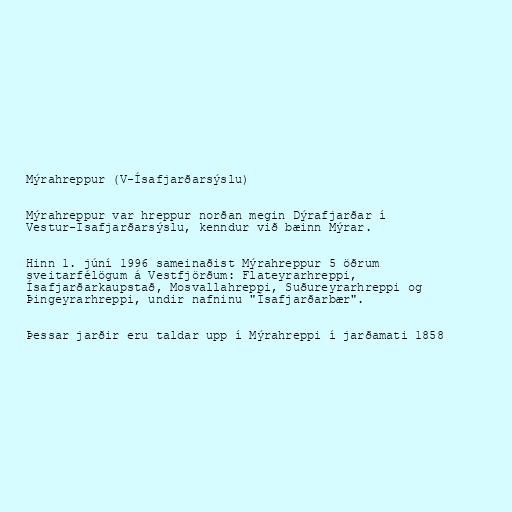
Mýrahreppur (V-Ísafjarðarsýslu)

Mýrahreppur var hreppur norðan megin Dýrafjarðar í
Vestur-Ísafjarðarsýslu, kenndur við bæinn Mýrar.

Hinn 1. júní 1996 sameinaðist Mýrahreppur 5 öðrum
sveitarfélögum á Vestfjörðum: Flateyrarhreppi,
Ísafjarðarkaupstað, Mosvallahreppi, Suðureyrarhreppi og
Þingeyrarhreppi, undir nafninu "Ísafjarðarbær".

Þessar jarðir eru taldar upp í Mýrahreppi í jarðamati 1858